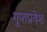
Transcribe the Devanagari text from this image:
गुप्तप्रवेश